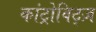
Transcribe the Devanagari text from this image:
कांट्रोविट्ज़